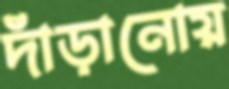
দাঁড়ানোয়